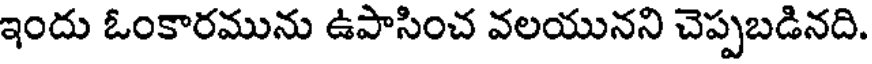
ఇందు ఓంకారమును ఉపాసించ వలయునని చెప్పబడినది.